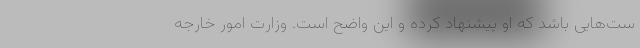
ست‌هایی باشد که او پیشنهاد کرده و این واضح است. وزارت امور خارجه